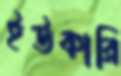
ইউকারি